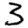
Digit: 3